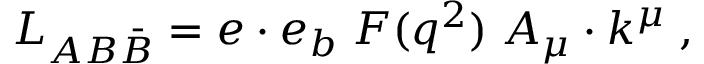
L _ { A B \bar { B } } = e \cdot e _ { b } \; F ( q ^ { 2 } ) \; A _ { \mu } \cdot k ^ { \mu } \; ,